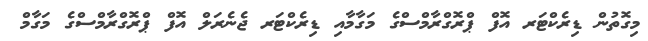
މިގޮތުން ޑިރެކްޓަރ އޮފް ޕްރޮގްރާމްސްގެ މަގާމާއި ޑިރެކްޓަރ ޖެނެރަލް އޮފް ޕްރޮގްރާމްސްގެ މަގާމް